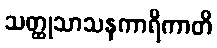
သတ္ထုသာသနကာရိကာတိ